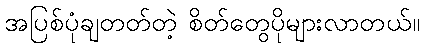
အပြစ်ပုံချတတ်တဲ့ စိတ်တွေပိုများလာတယ်။